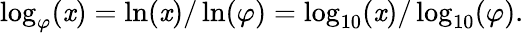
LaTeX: \log_{\varphi}(\mathit{x})=\ln(\mathit{x})/\ln(\varphi)=\log_{10}(\mathit{x})/\log_{10}(\varphi).